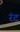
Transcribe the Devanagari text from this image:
रंट